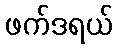
ဖက်ဒရယ်